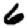
Digit: 6